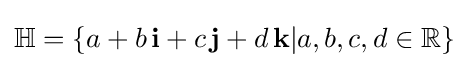
\mathbb {H} =\{a+b\,\mathbf {i} +c\,\mathbf {j} +d\,\mathbf {k} |a,b,c,d\in \mathbb {R} \}